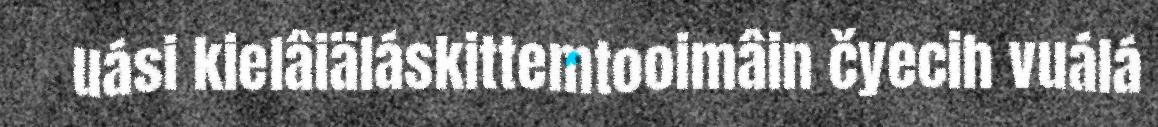
uási kielâiäláskittemtooimâin čyecih vuálá